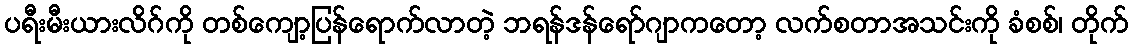
ပရီးမီးယားလိဂ်ကို တစ်ကျော့ပြန်ရောက်လာတဲ့ ဘရန်ဒန်ရော်ဂျာကတော့ လက်စတာအသင်းကို ခံစစ်၊ တိုက်